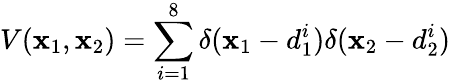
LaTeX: V(\mathbf{x}_{1},\mathbf{x}_{2})=\sum_{i=1}^{8}\delta(\mathbf{x}_{1}-d_{1}^{i})\delta(\mathbf{x}_{2}-d_{2}^{i})